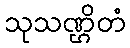
သုသဏ္ဌိတံ